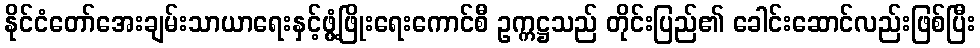
နိုင်ငံတော်အေးချမ်းသာယာရေးနှင့်ဖွံ့ဖြိုးရေးကောင်စီ ဥက္ကဋ္ဌသည် တိုင်းပြည်၏ ခေါင်းဆောင်လည်းဖြစ်ပြီး